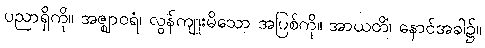
ပညာရှိကို။ အဇ္ဈာဝရံ၊ လွန်ကျူးမိသော အပြစ်ကို။ အာယတိံ၊ နောင်အခါ၌။